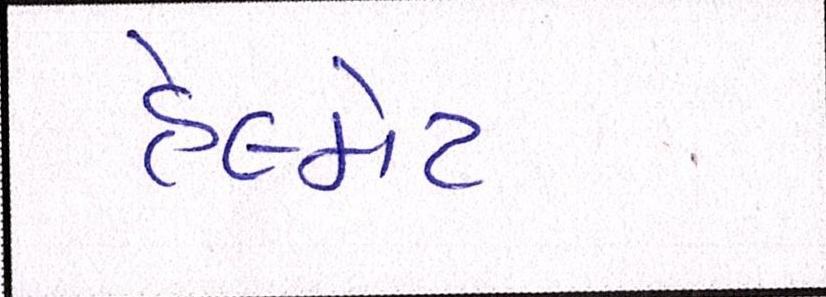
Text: હેલ્મેટ